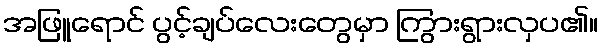
အဖြူရောင် ပွင့်ချပ်လေးတွေမှာ ကြွားရွားလှပ၏။